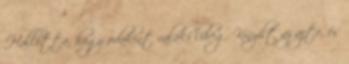
Hallotta, hogy odakint valaki liheg. Kinyílt az ajtó, és